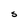
Character: S